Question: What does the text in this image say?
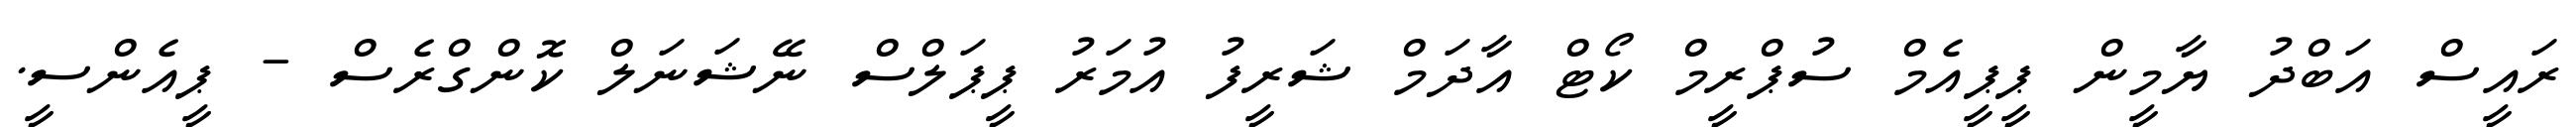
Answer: ރައީސް އަބްދު ޔާމީން ޕީޕީއެމް ސުޕްރީމް ކޯޓް އާދަމް ޝަރީފު އުމަރު ޕީޕަލްސް ނޭޝަނަލް ކޮންގްރެސް - ޕީއެންސީ.